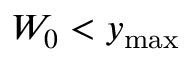
W _ { 0 } < y _ { \mathrm { { m a x } } }